Scottish Leaving Certificate Examination, 1955
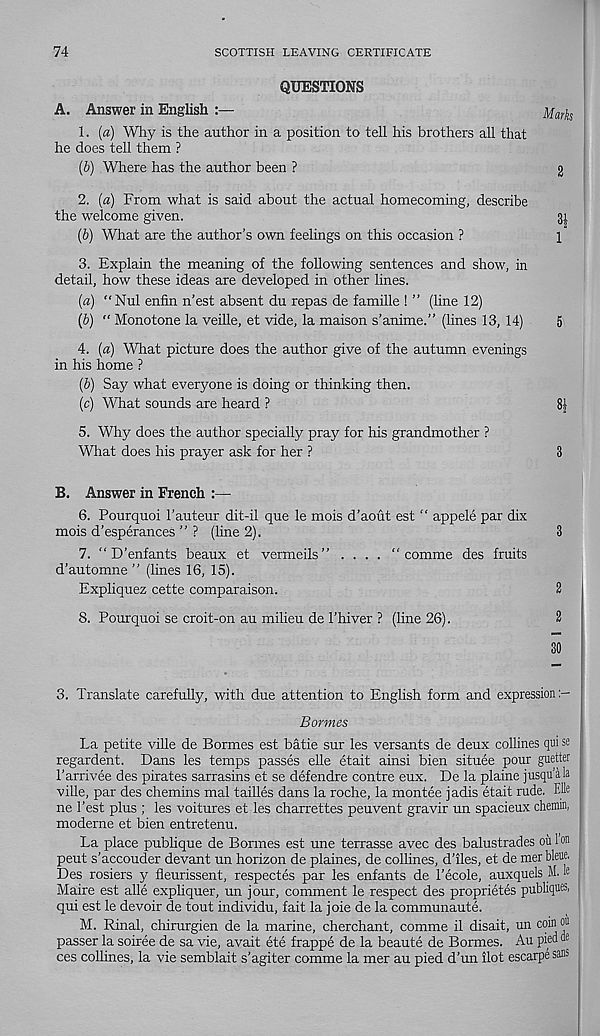
74
SCOTTISH LEAVING CERTIFICATE
QUESTIONS
A. Answer in English :—
1. (a) Why is the author in a position to tell his brothers all that
he does tell them ?
(b) Where has the author been ?
g
2. (a) From what is said about the actual homecoming, describe
the welcome given.
3|
(b) What are the author’s own feelings on this occasion ?
1
3. Explain the meaning of the following sentences and show, in
detail, how these ideas are developed in other lines.
(a) “Nul enfin n’est absent du repas de famille ! ” (line 12)
(b) “ Monotone la veille, et vide, la maison s’anime.” (lines 13, 14)
5
4. (a) What picture does the author give of the autumn evenings
in his home ?
(&) Say what everyone is doing or thinking then.
(c) What sounds are heard ?
8|
5. Why does the author specially pray for his grandmother ?
What does his prayer ask for her ?
3
B. Answer in French :—
6. Pourquoi 1’auteur dit-il que le mois d’aout est “ appele par dix
mois d’esperances ’’ ? (line 2).
3
7. “ D’enfants beaux et vermeils” .... " comme des fruits
d’automne ” (lines 16, 15).
Expliquez cette comparaison.
2
8. Pourquoi se croit-on au milieu de 1’hiver ? (line 26).
2
30
3. Translate carefully, with due attention to English form and expression
Bormes
La petite ville de Bormes est batie sur les versants de deux collines qui se
regardent. Dans les temps passes elle etait ainsi bien situee pour guetter
I’arrivee des pirates sarrasins et se defendre contre eux. De la plaine jusqu'ala
ville, par des chemins mal tallies dans la roche, la montee jadis etait rude. Elle
ne Test plus ; les voitures et les charrettes peuvent gravir un spacieux chemin,
moderne et bien entretenu.
La place publique de Bormes est une terrasse avec des balustrades oil 1 on
pent s’accouder devant un horizon de plaines, de collines, d’iles, et de mer blene.
Des rosiers y fleurissent, respectes par les enfants de 1’ecole, auxquels M. le
Maire est alle expliquer, un jour, comment le respect des proprietes publiques,
qui est le devoir de tout individu, fait la joie de la communaute.
M. Rinal, chirurgien de la marine, cherchant, comme il disait, un coin 0“
passer la soiree de sa vie, avait ete frappe de la beaute de Bormes. Au pied Q e
ces collines, la vie semblait s’agiter comme la mer au pied d’un ilot escarpe sans